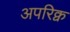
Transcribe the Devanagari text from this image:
अपरिक्व